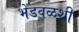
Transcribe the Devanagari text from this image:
भेंडवळशी